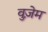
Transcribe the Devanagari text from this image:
वुज़ेम